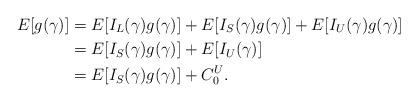
LaTeX: \begin{align*}E [g(\gamma)] &= E[I_L(\gamma)g(\gamma)] + E[I_S(\gamma)g(\gamma)] + E[I_U(\gamma)g(\gamma)]\\&= E[I_S(\gamma )g(\gamma)] + E[I_U(\gamma)]\\&= E[I_S(\gamma )g(\gamma)] + C_0^U.\end{align*}